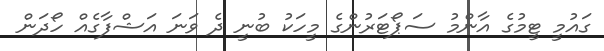
ގައުމީ ޓީމުގެ އާންމު ސަޕޯޓަރުންގެ މީހަކު ބުނީ ދެ ވަނަ އަޝްފާގެއް ހޯދަން